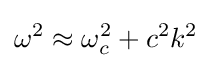
\omega ^{2}\approx \omega _{c}^{2}+c^{2}k^{2}